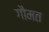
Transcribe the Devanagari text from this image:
गौमत